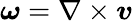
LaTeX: \boldsymbol{\omega}=\nabla\times\boldsymbol{v}